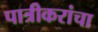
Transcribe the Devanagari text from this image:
पात्रीकरांचा